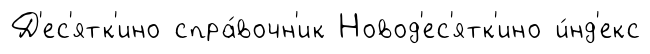
Д'ес'ятк'ино спра́вочн'ик Новод'ес'ятк'ино и́нд'екс